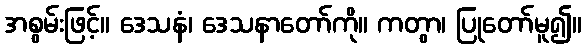
အစွမ်းဖြင့်။ ဒေသနံ၊ ဒေသနာတော်ကို။ ကတွာ၊ ပြုတော်မူ၍။